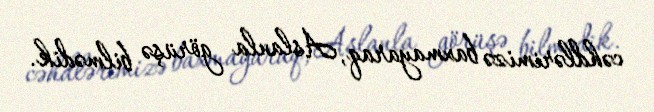
cəhdlərimizə baxmayaraq, Aslanla görüşə bilmədik.